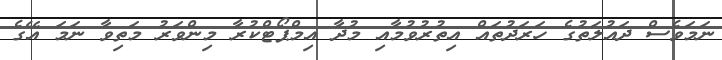
ނަމަވެސް ދައުލަތުގެ ހަރަދުތައް އިތުރުވުމާއި މުދާ އިމްޕޯޓްކުރާ މިންވަރު މަތިވާ ނަމަ އޭގެ